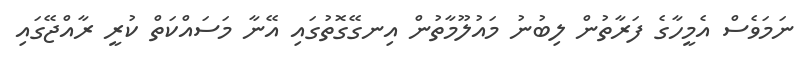
ނަމަވެސް އެމީހާގެ ފަރާތުން ލިބުނު މައުލޫމާތުން އިނގޭގޮތުގައި އޭނާ މަސައްކަތް ކުރީ ރާއްޖޭގައި